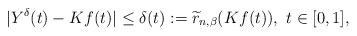
LaTeX: \begin{align*}|Y^\delta (t) - Kf(t) | \leq \delta(t):=\widetilde r_{n,\beta}(Kf(t)), \ t\in [0,1],\end{align*}